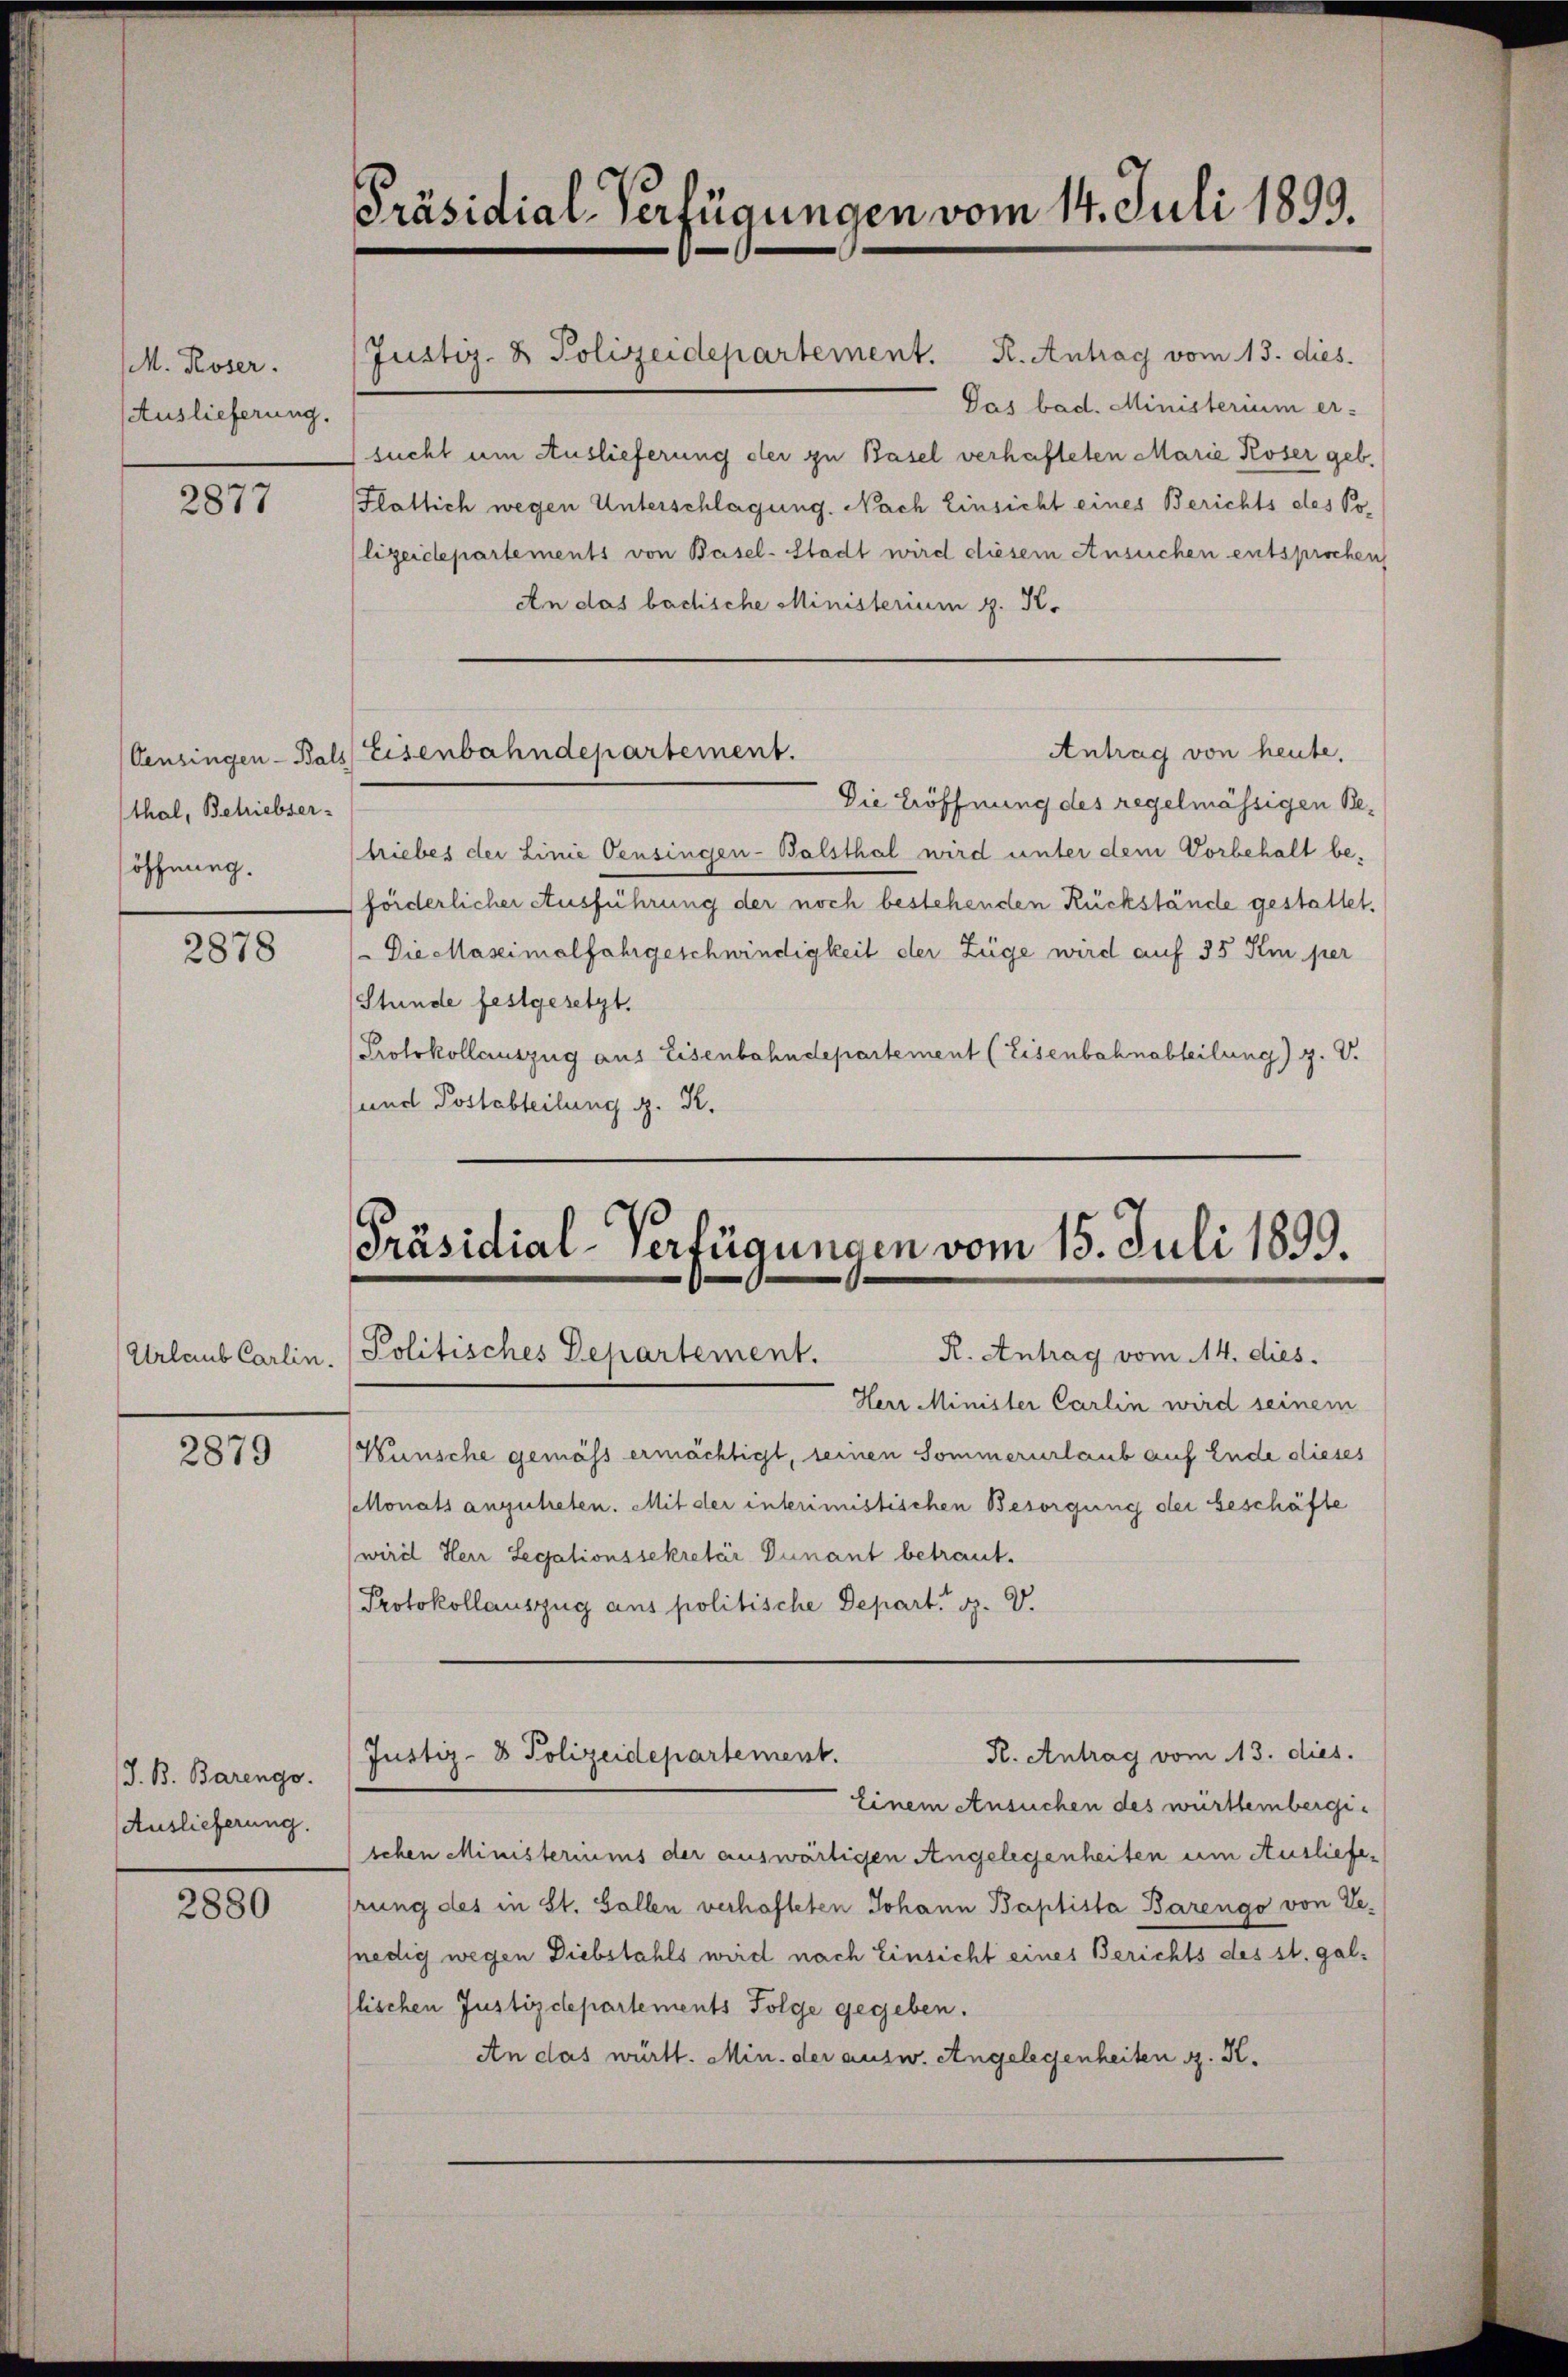
M. Roser.
Auslieferung.

2877

thal, Betriebsersöffnung.

2878

Urlaub Carlin.

2879

J. B. Barengo.
Auslieferung.

2880

Justiz- & Polizeidepartement. R. Antrag vom 13. dies
Pas bad. Ministerium er-
sucht um Auslieferung der zu Basel verhafteten Marie Koser geb.
Platlich wegen Unterschlagung. Nach Einsicht eines Berichts des Polizeidepartements von Basel-Stadt wird diesem Ansuchen entsprochen
An das bachische Ministerium g. K.
Antrag von heute.
Censingen - Bals Eisenbahndepartement.
Die Eröffnung des regelmässigen Behriebes der Linie Censingen-Balsthal wird unter dem Vorbehalt be-
förderlicher Ausführung der noch bestehenden Rückstände gestattet.
Die Maseimalfahrgeschwindigkeit der Züge wird auf 35 Im per
Stunde festgesetzt.
Protokollauszug aus Eisenbahndepartement (Eisenbahnabteilung) g. V.
und Postabteilung d. R.

Präsidial-Verfügungen vom 14. Juli 1899.

Präsidial-Verfügungen vom 15. Juli 1899.
Politisches Departement. R. Antrag vom 14. dies.

Herr Minister Carlin wird seinem
Wünsche gemäss ermächtigt, seinen Sommerurlaub auf Ende dieses
Monats anzutreten. Mit der interimistischen Besorgung der beschäfte
wird Herr Legationssekretär Dunant betraut.
Protokollauszug aus politische Depart. R. V.
R. Antrag vom 13. dies.
Justiz- & Polizeidepartement.
Einem Ansuchen des württembergitchen Ministeriums der auswärtigen Angelegenheiten um Ausliefehrung des in St. Gallen verhafteten Johann Baptista Barengo von Venedig wegen Diebstahls wird nach Einsicht eines Berichts des st. gallischen Justizdepartements Folge gegeben.
An das württ. Min. der ausw. Angelegenheiten z. K.